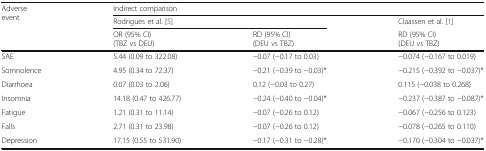
| <ROWSPAN=3> Adverse event | <COLSPAN=3> Indirect comparison |
 | <COLSPAN=2> Rodrigues et al. [5] | Claassen et al. [1] |
 | OR (95% CI)(TBZ vs DEU) | RD (95% CI)(DEU vs TBZ) | RD (95% CI)(DEU vs TBZ) |
 | --- | --- | --- | --- |
 | SAE | 5.44 (0.09 to 322.08) | −0.07 (−0.17 to 0.03) | −0.074 (−0.167 to 0.019) |
 | Somnolence | 4.95 (0.34 to 72.37) | −0.21 (−0.39 to −0.03)* | −0.215 (−0.392 to −0.037)* |
 | Diarrhoea | 0.07 (0.03 to 2.06) | 0.12 (−0.03 to 0.27) | 0.115 (−0.038 to 0.268) |
 | Insomnia | 14.18 (0.47 to 426.77) | −0.24 (−0.40 to −0.04)* | −0.237 (−0.387 to −0.087)* |
 | Fatigue | 1.21 (0.31 to 11.14) | −0.07 (−0.26 to 0.12) | −0.067 (−0.256 to 0.123) |
 | Falls | 2.71 (0.31 to 23.98) | −0.07 (−0.26 to 0.12) | −0.078 (−0.265 to 0.110) |
 | Depression | 17.15 (0.55 to 531.90) | −0.17 (−0.31 to −0.28)* | −0.170 (−0.304 to −0.037)* |